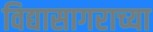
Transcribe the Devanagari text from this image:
विद्यासागराच्या